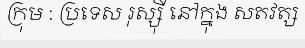
ក្រុម : ប្រទេស រុស្ស៊ី នៅក្នុង សតវត្ស